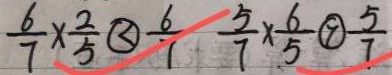
\frac { 6 } { 7 } \times \frac { 2 } { 5 } \textcircled { < } \frac { 6 } { 7 } \frac { 5 } { 7 } \times \frac { 6 } { 5 } \textcircled { > } \frac { 5 } { 7 }